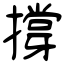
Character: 撐